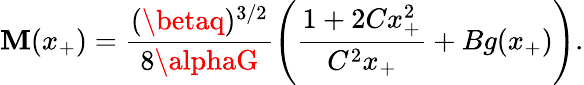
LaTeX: \mathbf{M}(x_{+})=\frac{{(\betaq)^{3/2}}}{{8\alphaG}}\left(\frac{{1+2Cx_{+}^{2}}}{{C^{2}x_{+}}}+Bg(x_{+})\right).